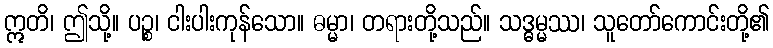
ဣတိ၊ ဤသို့။ ပဉ္စ၊ ငါးပါးကုန်သော။ ဓမ္မာ၊ တရားတို့သည်။ သဒ္ဓမ္မဿ၊ သူတော်ကောင်းတို့၏